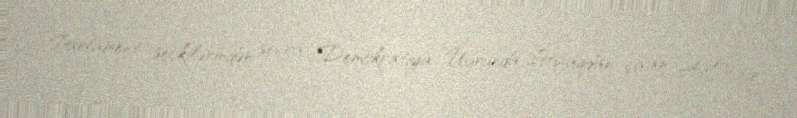
Parlament seçkilərindən sonra Demokratiya Uğrunda İttifaqdan çıxan AXP-nin